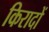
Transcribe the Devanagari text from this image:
किरादों